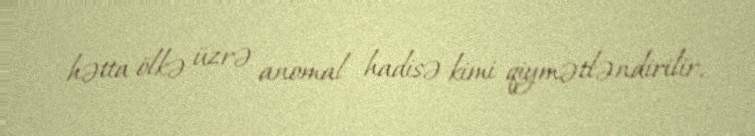
hətta ölkə üzrə anomal hadisə kimi qiymətləndirilir.